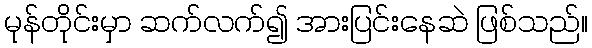
မုန်တိုင်းမှာ ဆက်လက်၍ အားပြင်းနေဆဲ ဖြစ်သည်။